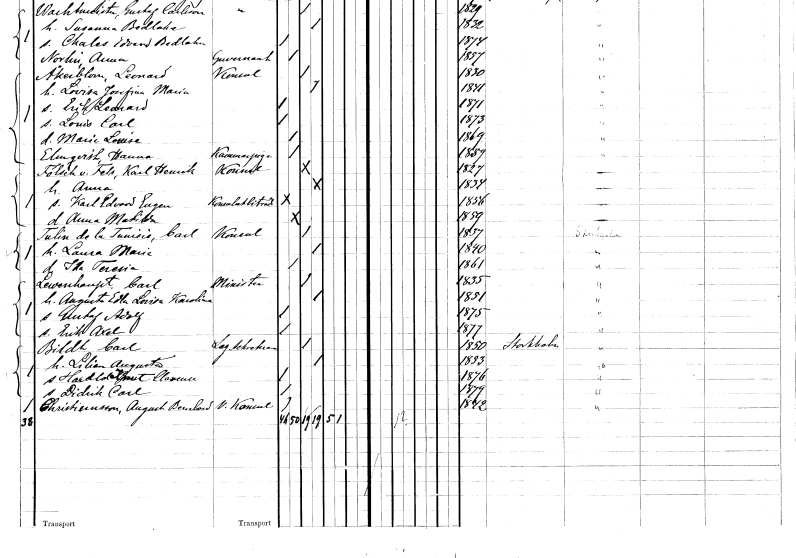
gt_parse: households: individuals: FN: Marie Louise
KON: K
CIV: O
FODAR: 1869
FN: Hanna
EN: Elmqvist
YRKE: Kammarjungfru
KON: K
CIV: O
FODAR: 1859
FN: Karl Henrik
EN: Fölsch v. Fels
YRKE: Konsul
KON: M
CIV: G
FODAR: 1827
FN: Anna
KON: K
CIV: G
FODAR: 1834
FN: Karl Edvard Eugen
YRKE: Konsulatbiträde
KON: M
CIV: O
FODAR: 1856
FN: Anna Matilda
KON: K
CIV: O
FODAR: 1859
FN: Carl
EN: Tulin de la Tunisis
YRKE: Konsul
KON: M
CIV: G
FODAR: 1837
FN: Laura Maria
KON: K
CIV: G
FODAR: 1840
FN: Ida Teresia
KON: K
CIV: O
FODAR: 1861
FN: Carl
EN: Lewenhaupt
YRKE: Minister
KON: M
CIV: G
FODAR: 1835
FN: Augusta Edla Lovisa Karolina
KON: K
CIV: G
FODAR: 1851
FN: Gustaf Adolf
KON: M
CIV: O
FODAR: 1875
FN: Erik Axel
KON: M
CIV: O
FODAR: 1877
FN: Carl
EN: Bildt
YRKE: Legationssekreterare
KON: M
CIV: G
FODAR: 1850
FODFORS: Stockholm
FN: Lilian Augusta
KON: K
CIV: G
FODAR: 1853
FN: Harald Knut Clemens
KON: M
CIV: O
FODAR: 1876
FN: Didrik Carl
KON: M
CIV: O
FODAR: 1879
FN: August Bernhard
EN: Christiensson
YRKE: Konsul v.
KON: M
CIV: O
FODAR: 1842